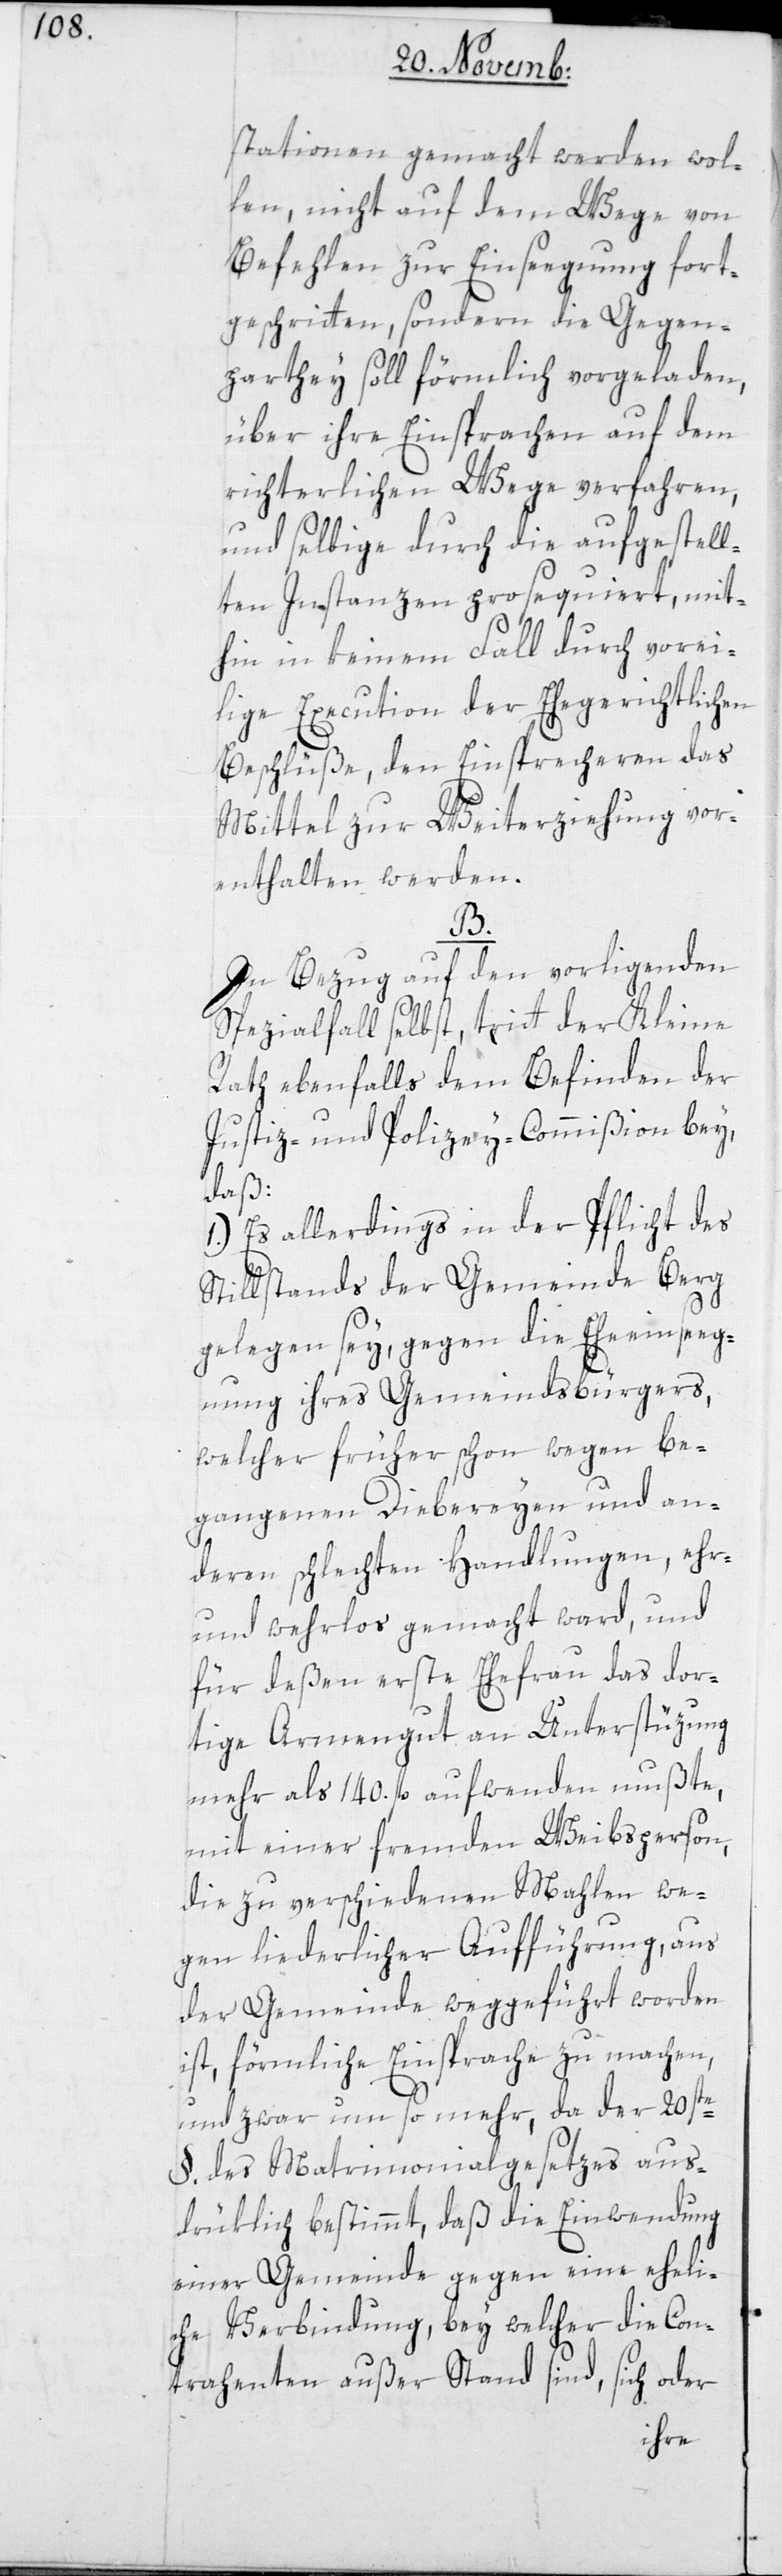
stationen gemacht werden wol¬
len, nicht auf dem Wege von
Befehlen zur Einsegnung fort¬
geschritten, sondern die Gegen¬
parthey soll förmlich vorgeladen,
über ihre Einsprachen auf dem
richterlichen Wege verfahren,
und selbige durch die aufgestell¬
ten Instanzen prosequiert, mit¬
hin in keinem Fall durch vorei¬
lige Execution der ehegerichtlichen
Beschlüße, den Einsprecheren das
Mittel zur Weiterziehung vor¬
enthalten werden.
B.
In Bezug auf den vorliegenden
Spezialfall selbst, tritt der Kleine
Rath ebenfalls dem Befinden der
Justiz- und Polizey-Commißion bey,
daß:
1.) Es allerdings in der Pflicht des
Stillstands der Gemeinde Berg
gelegen sey, gegen die Eheeinseg¬
nung ihres Gemeindsbürgers,
welcher früher schon wegen be¬
gangenen Diebereyen und an¬
deren schlechten Handlungen, ehr-
und wehrlos gemacht ward, und
für deßen erste Ehefrau das dor¬
tige Armengut an Unterstüzung
mehr als 140. fl. aufwenden mußte,
mit einer fremden Weibsperson,
die zu verschiedenen Mahlen we¬
gen liederlicher Aufführung, aus
der Gemeinde weggeführt worden
ist, förmliche Einsprache zu machen,
und zwar umso mehr, da der 20ste
§. des Matrimonialgesetzes aus¬
drüklich bestimmt, daß die Einwendung
einer Gemeinde gegen eine eheli¬
che Verbindung, bey welcher die Con¬
trahenten außer Stand sind, sich oder